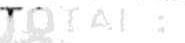
TOTAL :